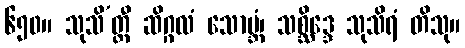
၆၅၀။ သုသိ’တ္ထီ ဆိဂ္ဂလံ သောဗ္ဘံ၊ သစ္ဆိဒ္ဒေ သုသိရံ တိသု။